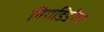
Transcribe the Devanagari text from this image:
निगडिडीत